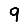
Digit: 9